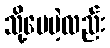
သို့ပေမဲ့လည်း